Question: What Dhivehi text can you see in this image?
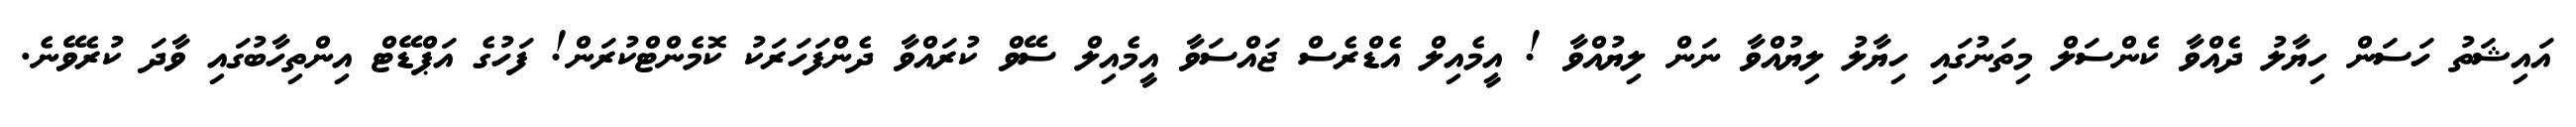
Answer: އައިޝަތު ހަސަން ހިޔާލު ދެއްވާ ކެންސަލް މިތަނުގައި ހިޔާލު ލިޔުއްވާ ނަން ލިޔުއްވާ ! އީމެއިލް އެޑްރެސް ޖައްސަވާ އީމެއިލް ސޭވް ކުރައްވާ ދެންފަހަރަކު ކޮމެންޓްކުރަން! ފަހުގެ އަޕްޑޭޓް އިންތިހާބުގައި ވާދަ ކުރެވޭނެ.